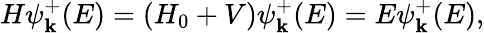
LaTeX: H\psi_{\mathbf{k}}^{+}(E)=(H_{0}+V)\psi_{\mathbf{k}}^{+}(E)=E\psi_{\mathbf{k}}^{+}(E),